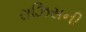
રાઝિસની